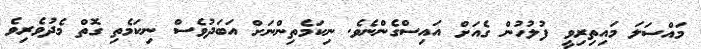
މައްސަލަ މައިތިރިވީ ފުލުހުން ގެއަށް އައިސްގެންނެވެ. ނިކަމެތިންނަށް އަބަދުވެސް ނިކަމެތި ގޮތް މެދުވެރިވެ